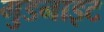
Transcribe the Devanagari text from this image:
गुडनाइट